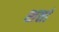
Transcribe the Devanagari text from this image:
शर्तां